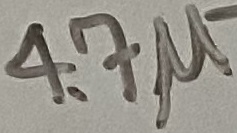
Text: 4.7µ